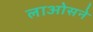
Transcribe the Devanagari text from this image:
लाओसने